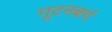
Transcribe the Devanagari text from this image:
गूटनबर्ग